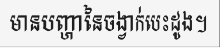
មានបញ្ហានៃចង្វាក់បេះដូង។